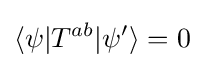
\langle \psi |T^{ab}|\psi '\rangle =0